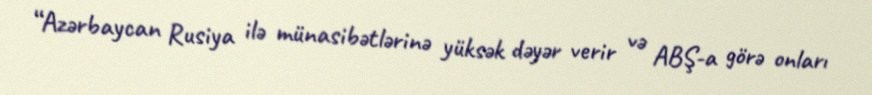
“Azərbaycan Rusiya ilə münasibətlərinə yüksək dəyər verir və ABŞ-a görə onları